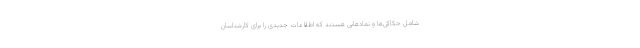
شامل حکاکی‌ها و نمادهایی هستند که اطلاعات جدیدی را برای کارشناسان